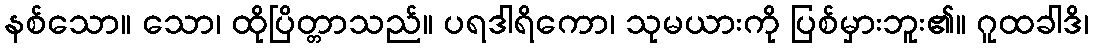
နစ်သော။ သော၊ ထိုပြိတ္တာသည်။ ပရဒါရိကော၊ သုမယားကို ပြစ်မှားဘူး၏။ ဂူထခါဒိ၊